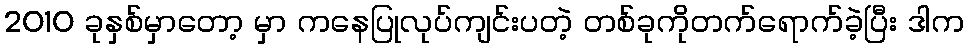
2010 ခုနှစ်မှာတော့ မှာ ကနေပြုလုပ်ကျင်းပတဲ့ တစ်ခုကိုတက်ရောက်ခဲ့ပြီး ဒါက